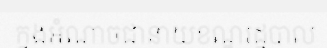
ក្នុងអំណាចជានាយខណ្ឌរដ្ឋបាល